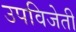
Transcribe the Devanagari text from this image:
उपविजेती